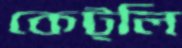
কেট্‌লি